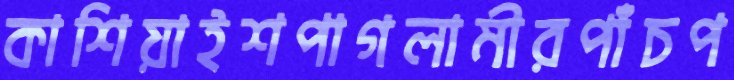
কাশিয়াইশপাগলামীরপাঁচপ